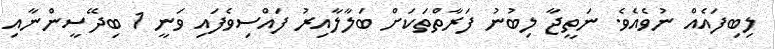
ލިބިފައެއް ނުވެއެވެ. ނަތީޖާ ލިބުނު ފަރާތްތަކަށް ބަލާލާއިރު ފައްސިވެފައި ވަނީ 1 ބިދޭސީންނާއި